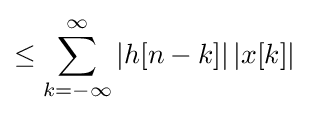
\leq \sum _{k=-\infty }^{\infty }\left|h[n-k]\right|\left|x[k]\right|